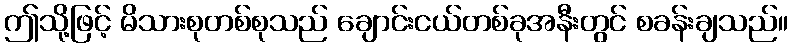
ဤသို့ဖြင့် မိသားစုတစ်စုသည် ချောင်းငယ်တစ်ခုအနီးတွင် စခန်းချသည်။